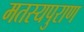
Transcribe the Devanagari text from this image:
मतस्यपुराण